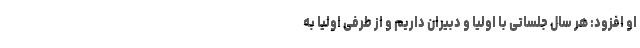
او افزود: هر سال جلساتی با اولیا و دبیران داریم و از طرفی اولیا به